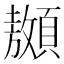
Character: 䫨